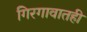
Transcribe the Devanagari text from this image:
गिरगावातही